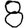
Digit: 8